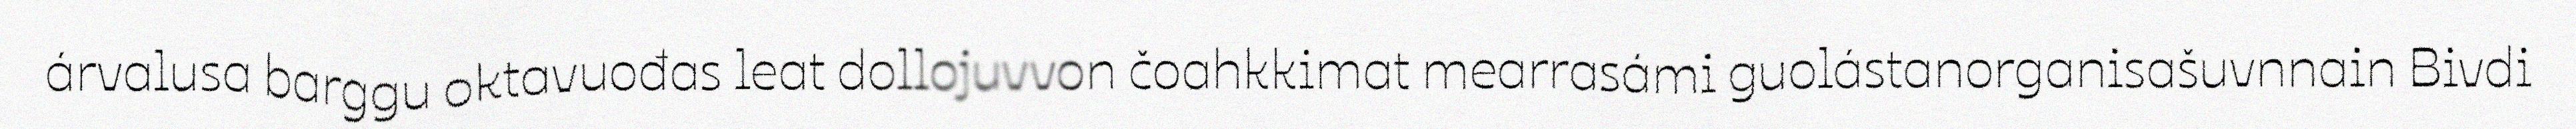
árvalusa barggu oktavuođas leat dollojuvvon čoahkkimat mearrasámi guolástanorganisašuvnnain Bivdi